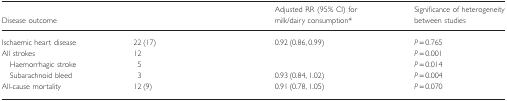
<table><thead><tr><td><b>Disease outcome</b></td><td>[EMPTY_CELL]</td><td><b>Adjusted RR (95% CI) for milk/dairy consumption*</b></td><td><b>Significance of heterogeneity between studies</b></td></tr></thead><tbody><tr><td>Ischaemic heart disease</td><td>22 (17)</td><td>0.92 (0.86, 0.99)</td><td><i>P</i> = 0.765</td></tr><tr><td>All strokes</td><td>12</td><td>[EMPTY_CELL]</td><td><i>P</i> = 0.001</td></tr><tr><td> Haemorrhagic stroke</td><td>5</td><td>[EMPTY_CELL]</td><td><i>P</i> = 0.014</td></tr><tr><td> Subarachnoid bleed</td><td>3</td><td>0.93 (0.84, 1.02)</td><td><i>P</i> = 0.004</td></tr><tr><td>All-cause mortality</td><td>12 (9)</td><td>0.91 (0.78, 1.05)</td><td><i>P</i> = 0.070</td></tr></tbody></table>